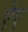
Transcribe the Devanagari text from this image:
ऐए